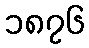
၁၈၇၆